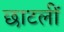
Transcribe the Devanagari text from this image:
छाटलीं